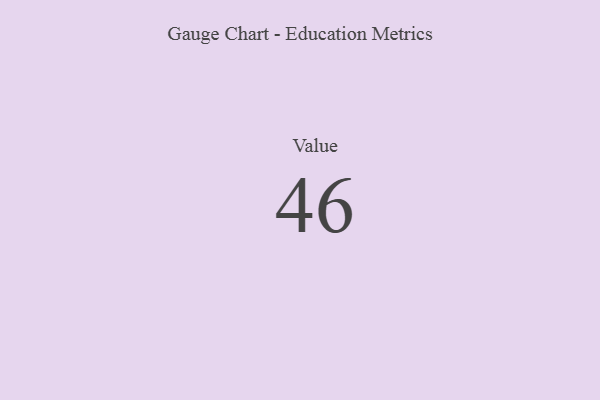
{"axis": {"x": "Metric", "y": "Value"}, "legend": [""], "data": [{"x": "Value", "y": 46, "type": ""}]}